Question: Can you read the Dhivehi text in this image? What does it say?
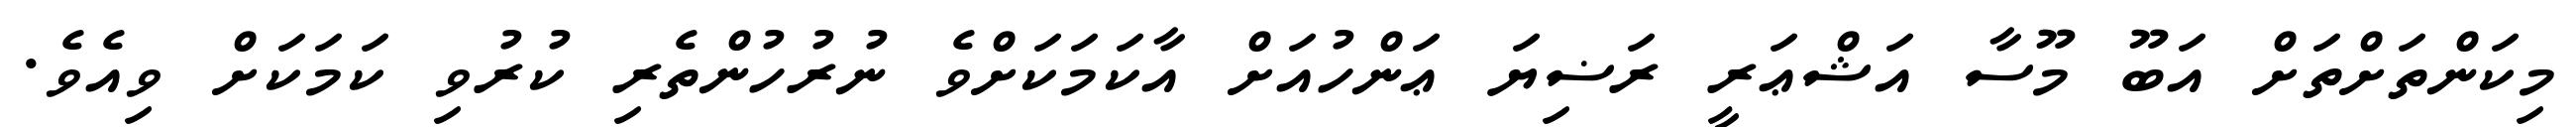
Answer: މިކަންތަށްތަށް އަބޫ މޫސާ އަޝްޢަރީ ރަޟިޔަ ޢަންހުއަށް އާކަމަކަށްވެ ނުރުހުންތެރި ކުރުވި ކަމަކަށް ވިއެވެ.